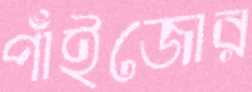
পাঁইজোর